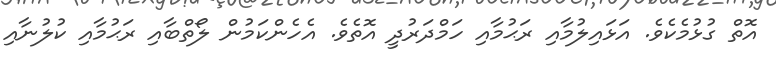
އޮތް ގުޅުމެކެވެ. އަޅައިލުމާއި ރަޙުމާއި ހަމްދަރުދީ އޮތެވެ. އެހެންކަމުން ލޯތްބާއި ރަޙުމާއި ކުލުނާއި